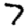
Digit: 7